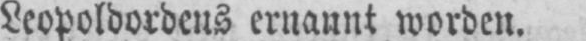
Leopoldordens ernannt worden.